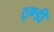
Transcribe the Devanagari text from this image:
ठ्ण्डी